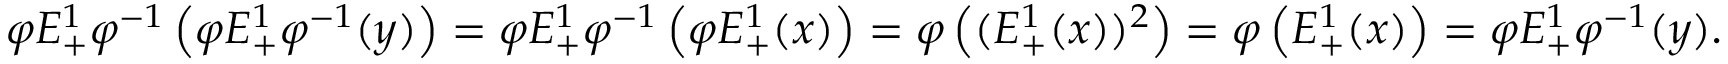
\varphi E _ { + } ^ { 1 } \varphi ^ { - 1 } \left( \varphi E _ { + } ^ { 1 } \varphi ^ { - 1 } ( y ) \right) = \varphi E _ { + } ^ { 1 } \varphi ^ { - 1 } \left( \varphi E _ { + } ^ { 1 } ( x ) \right) = \varphi \left( ( E _ { + } ^ { 1 } ( x ) ) ^ { 2 } \right) = \varphi \left( E _ { + } ^ { 1 } ( x ) \right) = \varphi E _ { + } ^ { 1 } \varphi ^ { - 1 } ( y ) .